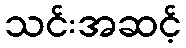
သင်းအဆင့်